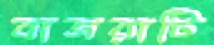
বাজরাটি